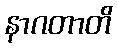
နာဂတာတိ